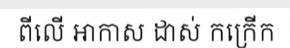
ពីលើ អាកាស ដាស់ កក្រើក